Lunatic asylums Punjab 1868-1880 - 1868-1880
Year: 1868
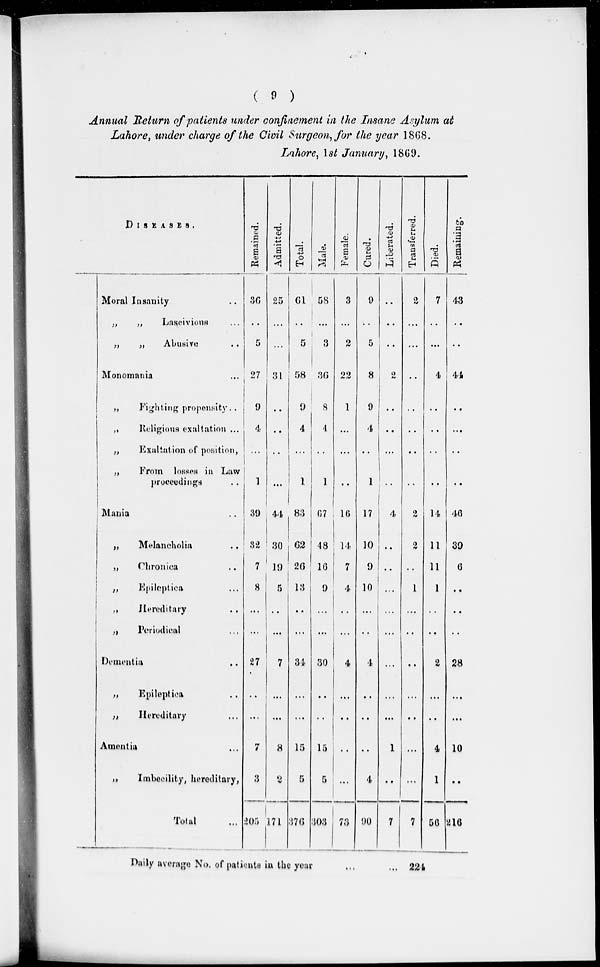
( 9 )
Annual Return of patients under confinement in the Insane Asylum at
Lahore, under charge of the Civil Surgeon, for the year 1868.
Lahore, 1st January, 1869.
DISEASES.
Moral Insanity
„
„
Lascivious ...
„
„
Abusive
..
Monomania ...
„
Fighting propensity ..
„
Religious exaltation ...
„
Exaltation of position,
„
From losses in Law
proceedings ..
Mania ..
„
Melancholia
..
„
Chronica ..
„
Epileptica ...
„
Hereditary
..
„
Periodical ..
Dementia ..
„
Epileptica ...
„
Hereditary ...
Amentia ...
„
Imbecility, hereditary,
Total ...
Remained.
36
..
5
27
9
4
...
1
39
32
7
8
...
...
27
..
...
7
3
205
Admitted.
25
...
...
31
..
..
...
...
44
30
19
5
..
...
7
...
...
8
2
171
Total.
61
..
5
58
9
4
...
1
83
62
26
13
..
...
34
...
...
15
5
376
Male.
58
...
3
36
8
4
...
1
67
48
16
9
...
...
30
..
..
15
5
303
Female.
3
...
2
22
1
...
...
..
16
14
7
4
..
...
4
...
..
..
...
73
Cured.
9
..
5
8
9
4
..
1
17
10
9
10
...
..
4
..
..
..
4
90
Liberated.
..
..
..
2
..
..
...
..
4
..
..
...
...
...
...
...
...
1
..
7
Transferred.
2
...
...
..
..
..
..
..
2
2
..
1
...
..
..
...
..
...
...
7
Died.
7
..
..
4
..
..
..
..
14
11
11
1
..
..
2
...
..
4
1
56
Remaining.
43
..
..
44
..
...
..
..
46
39
6
..
..
..
28
...
...
10
..
216
Daily average No. of patients in the year
...
... 224